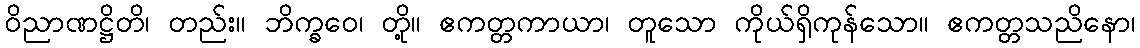
ဝိညာဏဋ္ဌိတိ၊ တည်း။ ဘိက္ခဝေ၊ တို့။ ဧကတ္တကာယာ၊ တူသော ကိုယ်ရှိကုန်သော။ ဧကတ္တသညိနော၊